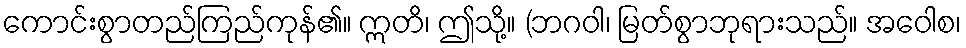
ကောင်းစွာတည်ကြည်ကုန်၏။ ဣတိ၊ ဤသို့။ (ဘဂဝါ၊ မြတ်စွာဘုရားသည်။ အဝေါစ၊